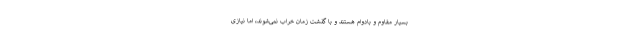
بسیار مقاوم و بادوام هستند و با گذشت زمان خراب نمی‌شوند، اما نیازی